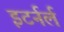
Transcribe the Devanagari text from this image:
इटर्नर्ल